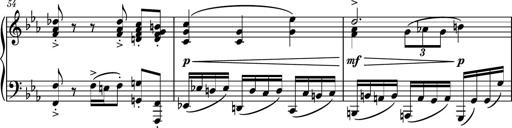
Title: Piano Sonatina No.5
Composer: Dimitri Sykias
Key: C minor